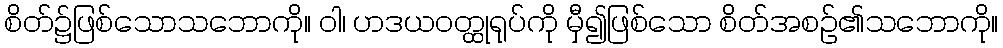
စိတ်၌ဖြစ်သောသဘောကို။ ဝါ၊ ဟဒယဝတ္ထုရုပ်ကို မှီ၍ဖြစ်သော စိတ်အစဉ်၏သဘောကို။